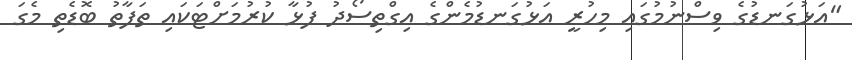
"އަޅުގަނޑުގެ ވިސްނުމުގައި މިހުރީ އަޅުގަނޑުމެންގެ އިގްތިސޯދު ފުޅާ ކުރުމަށްޓަކައި ތަފާތު ބޮޑެތި މެގަ